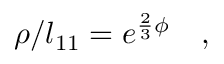
\rho / l _ { 1 1 } = e ^ { \frac { 2 } { 3 } \phi } \quad ,